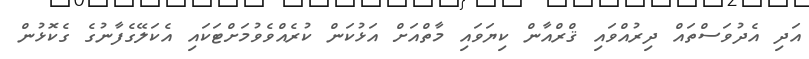
އަދި އެދުވަސްތައް ދިރުއްވައި ޤްރްއާން ކިޔަވައި މާތްއަށް އަޅުކަން ކުރެއްވެވުމަށްޓަކައި އެކަލޭގެފާނުގެ ގެކޮޅުން